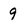
Character: 9